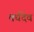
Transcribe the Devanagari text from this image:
वर्धदेव